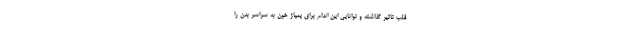
قلب تاثیر گذاشته و توانایی این اندام برای پمپاژ خون به سراسر بدن را